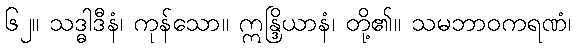
၆၂။ သဒ္ဓါဒီနံ၊ ကုန်သော။ ဣန္ဒြိယာနံ၊ တို့၏။ သမဘာဝကရဏံ၊